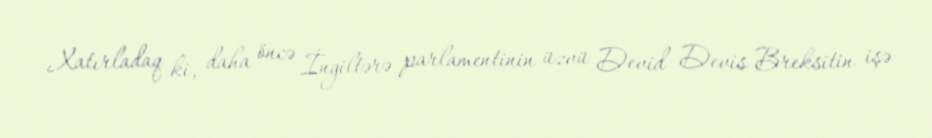
Xatırladaq ki, daha öncə İngiltərə parlamentinin üzvü Devid Devis Breksitin işə